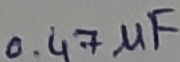
Text: 0.47µF